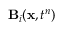
\mathbf { B } _ { i } ( \mathbf { x } , t ^ { n } )